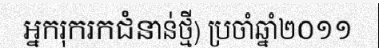
អ្នករុករកជំនាន់ថ្មី) ប្រចាំឆ្នាំ២០១១